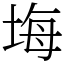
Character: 㙁